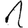
Digit: 1